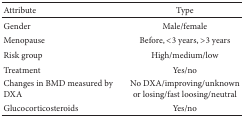
| Attribute | Type |
 | --- | --- |
 | Gender | Male/female |
 | Menopause | Before, <3 years, >3 years |
 | Risk group | High/medium/low |
 | Treatment | Yes/no |
 | Changes in BMD measured by DXA | No DXA/improving/unknown or losing/fast loosing/neutral |
 | Glucocorticosteroids | Yes/no |